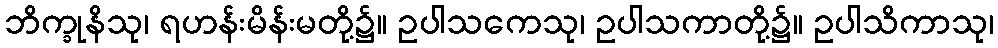
ဘိက္ခုနိသု၊ ရဟန်းမိန်းမတို့၌။ ဥပါသကေသု၊ ဥပါသကာတို့၌။ ဥပါသိကာသု၊